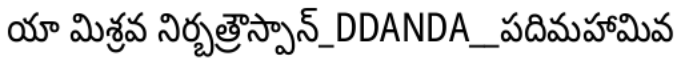
యా మిశ్రవ నిర్బత్రౌస్పాన్_DDANDA__పదిమహామివ